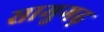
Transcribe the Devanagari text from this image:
सामुगढ़